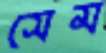
সেম